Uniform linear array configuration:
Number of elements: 32
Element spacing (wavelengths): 1
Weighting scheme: uniform
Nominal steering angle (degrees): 0
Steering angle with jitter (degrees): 1.512
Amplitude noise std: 0.05
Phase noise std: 0.05

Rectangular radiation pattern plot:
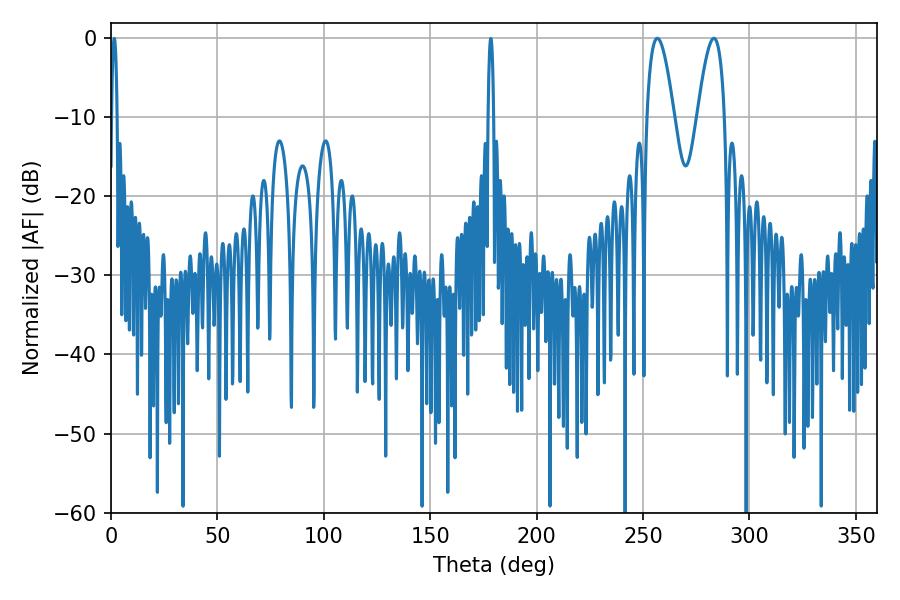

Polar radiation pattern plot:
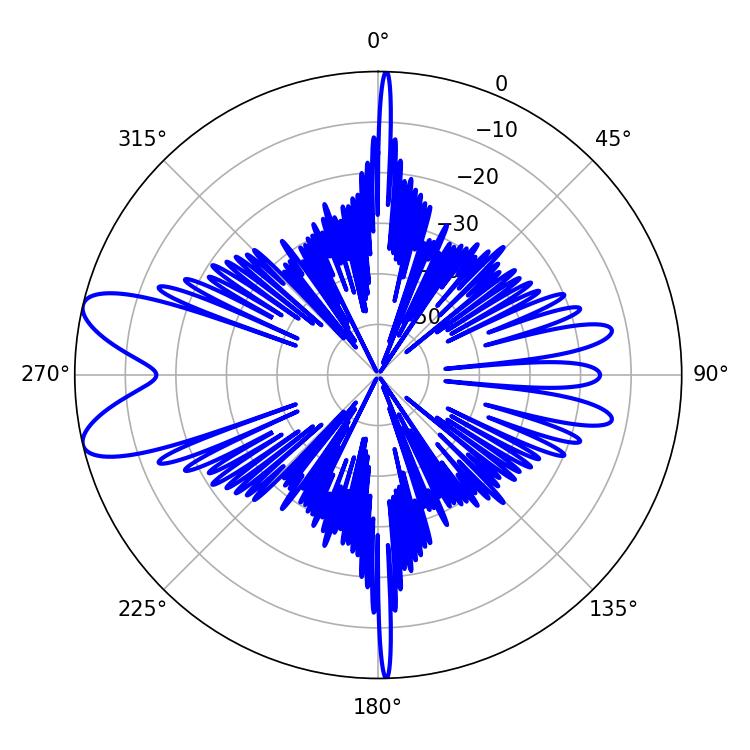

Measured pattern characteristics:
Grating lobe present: TRUE
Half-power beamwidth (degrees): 7.02
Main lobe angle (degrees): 283.32